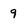
Character: 9